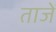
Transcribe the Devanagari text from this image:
ताजें